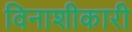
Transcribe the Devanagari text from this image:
विनाशीकारी